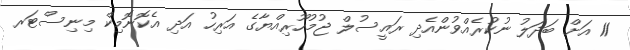
11 އަށް ބަދަލު ނުކުރެއްވުންއެދި ރައީސުލް ޖުމުހޫރިއްޔާގެ އަރިހު އަދި އެކޮނޮމިކް މިނިސްޓަރ